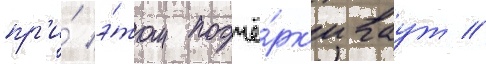
пр'и́ э́том подчё́рк'иваут /